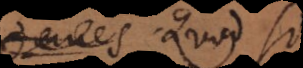
omnes Quod si